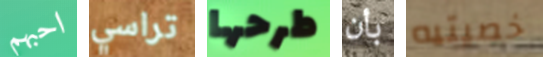
احبهم تراسي طرحها بأن خصيتيه